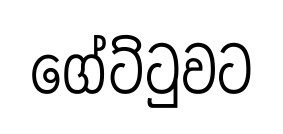
ගේට්ටුවට